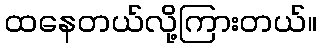
ထနေတယ်လို့ကြားတယ်။